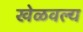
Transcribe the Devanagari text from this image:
खेळवल्य